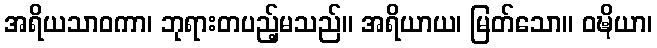
အရိယသာဝကာ၊ ဘုရားတပည့်မသည်။ အရိယာယ၊ မြတ်သော။ ဝဍ္ဎိယာ၊